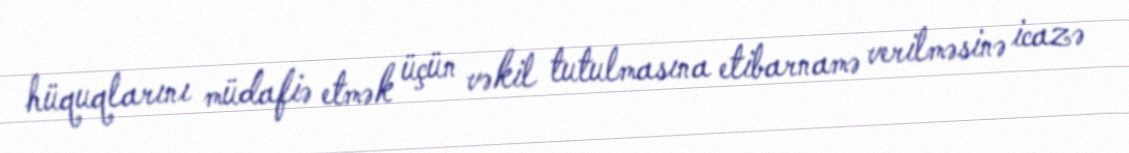
hüquqlarını müdafiə etmək üçün vəkil tutulmasına etibarnamə verilməsinə icazə